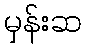
မှန်းဆ